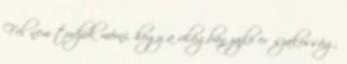
Fel nem tudjuk mérni, hogy a világban zajló erőszakosság,